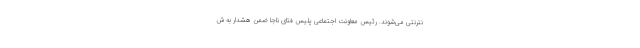
نترنتی می‌شوند. رئیس معاونت اجتماعی پلیس فتای ناجا ضمن هشدار به ش